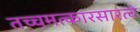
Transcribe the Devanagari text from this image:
तच्चमत्कारसारत्वे